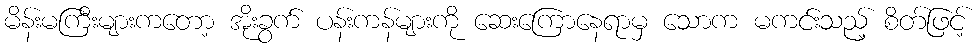
မိန်းမကြီးများကတော့ အိုးခွက် ပန်းကန်များကို ဆေးကြောနေရာမှ သောက မကင်းသည့် စိတ်ဖြင့်